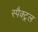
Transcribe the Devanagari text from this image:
स्पैक्ट्रल